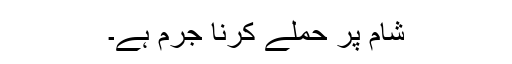
شام پر حملے کرنا جرم ہے۔